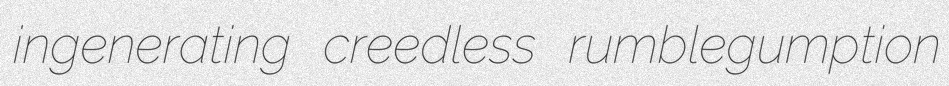
ingenerating creedless rumblegumption